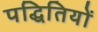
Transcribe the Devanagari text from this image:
पद्धितियों